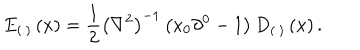
LaTeX: E _ { \left( . \right) } \left( x \right) = \frac 1 2 \left( \nabla ^ { 2 } \right) ^ { - 1 } \left( x _ { 0 } \partial ^ { 0 } - 1 \right) D _ { \left( . \right) } \left( x \right) .